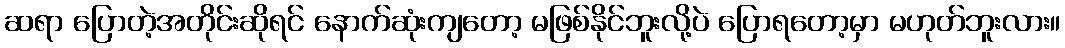
ဆရာ ပြောတဲ့အတိုင်းဆိုရင် နောက်ဆုံးကျတော့ မဖြစ်နိုင်ဘူးလို့ပဲ ပြောရတော့မှာ မဟုတ်ဘူးလား။